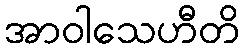
အာဝါသေဟီတိ